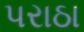
પરાઠા